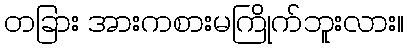
တခြား အားကစားမကြိုက်ဘူးလား။